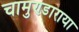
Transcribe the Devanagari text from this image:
चामुण्डाराया